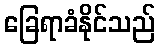
ခြေရာခံနိုင်သည်